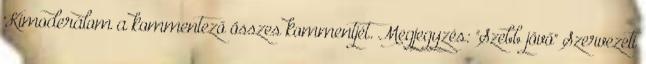
Kimoderálom a kommentező összes kommentjét. Megjegyzés: "Szebb jövő" Szervezeti